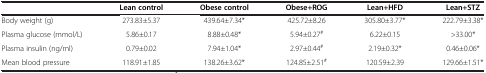
<table><thead><tr><td><b> </b></td><td><b>Lean control</b></td><td><b>Obese control</b></td><td><b>Obese+ROG</b></td><td><b>Lean+HFD</b></td><td><b>Lean+STZ</b></td></tr></thead><tbody><tr><td>Body weight (g)</td><td>273.83±5.37</td><td>439.64±7.34*</td><td>425.72±8.26</td><td>305.80±3.77*</td><td>222.79±3.38*</td></tr><tr><td>Plasma glucose (mmol/L)</td><td>5.86±0.17</td><td>8.88±0.48*</td><td>5.94±0.27<sup>#</sup></td><td>6.22±0.15</td><td>&gt;33.00*</td></tr><tr><td>Plasma insulin (ng/ml)</td><td>0.79±0.02</td><td>7.94±1.04*</td><td>2.97±0.44<sup>#</sup></td><td>2.19±0.32*</td><td>0.46±0.06*</td></tr><tr><td>Mean blood pressure</td><td>118.91±1.85</td><td>138.26±3.62*</td><td>124.85±2.51<sup>#</sup></td><td>120.59±2.39</td><td>129.66±1.51*</td></tr></tbody></table>